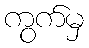
ကွက်မှ